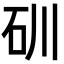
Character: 𥐣